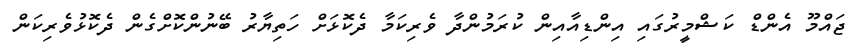
ޖައްމޫ އެންޑް ކަޝްމީރުގައި އިންޑިއާއިން ކުރަމުންދާ ވެރިކަމާ ދެކޮޅަށް ހަތިޔާރު ބޭނުންކޮށްގެން ދެކޮޅުވެރިކަން